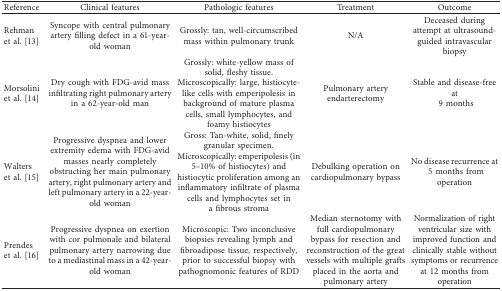
<table><thead><tr><td><b>Reference</b></td><td><b>Clinical features</b></td><td><b>Pathologic features</b></td><td><b>Treatment</b></td><td><b>Outcome</b></td></tr></thead><tbody><tr><td>Rehman et al. [13]</td><td>Syncope with central pulmonary artery filling defect in a 61-year-old woman</td><td>Grossly: tan, well-circumscribed mass within pulmonary trunk</td><td>N/A</td><td>Deceased during attempt at ultrasound-guided intravascular biopsy</td></tr><tr><td>Morsolini et al. [14]</td><td>Dry cough with FDG-avid mass infiltrating right pulmonary artery in a 62-year-old man</td><td>Grossly: white-yellow mass of solid, fleshy tissue.Microscopically: large, histiocyte-like cells with emperipolesis in background of mature plasma cells, small lymphocytes, and foamy histiocytes</td><td>Pulmonary artery endarterectomy</td><td>Stable and disease-free at 9 months</td></tr><tr><td>Walters et al. [15]</td><td>Progressive dyspnea and lower extremity edema with FDG-avid masses nearly completely obstructing her main pulmonary artery, right pulmonary artery and left pulmonary artery in a 22-year-old woman</td><td>Gross: Tan-white, solid, finely granular specimen.Microscopically: emperipolesis (in 5–10% of histiocytes) and histiocytic proliferation among an inflammatory infiltrate of plasma cells and lymphocytes set in a fibrous stroma</td><td>Debulking operation on cardiopulmonary bypass</td><td>No disease recurrence at 5 months from operation</td></tr><tr><td>Prendes et al. [16]</td><td>Progressive dyspnea on exertion with cor pulmonale and bilateral pulmonary artery narrowing due to a mediastinal mass in a 42-year-old woman</td><td>Microscopic: Two inconclusive biopsies revealing lymph and fibroadipose tissue, respectively, prior to successful biopsy with pathognomonic features of RDD</td><td>Median sternotomy with full cardiopulmonary bypass for resection and reconstruction of the great vessels with multiple grafts placed in the aorta and pulmonary artery</td><td>Normalization of right ventricular size with improved function and clinically stable without symptoms or recurrence at 12 months from operation</td></tr></tbody></table>